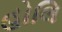
હોલિ